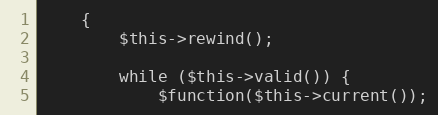
Language: PHP
    {
        $this->rewind();

        while ($this->valid()) {
            $function($this->current());